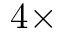
4 \times